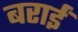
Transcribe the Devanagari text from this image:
बराईं